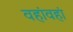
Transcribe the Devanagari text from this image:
वहांवहां